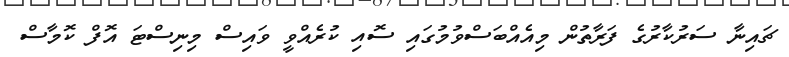
ޗައިނާ ސަރުކާރުގެ ފަރާތުން މިއެއްބަސްވުމުގައި ސޮއި ކުރެއްވީ ވައިސް މިނިސްޓަ އޮފް ކޮމާސް